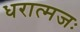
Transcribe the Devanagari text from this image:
धरात्मजः